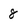
Character: 8